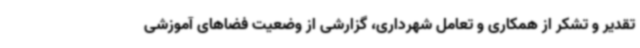
تقدیر و تشکر از همکاری و تعامل شهرداری، گزارشی از وضعیت فضاهای آموزشی